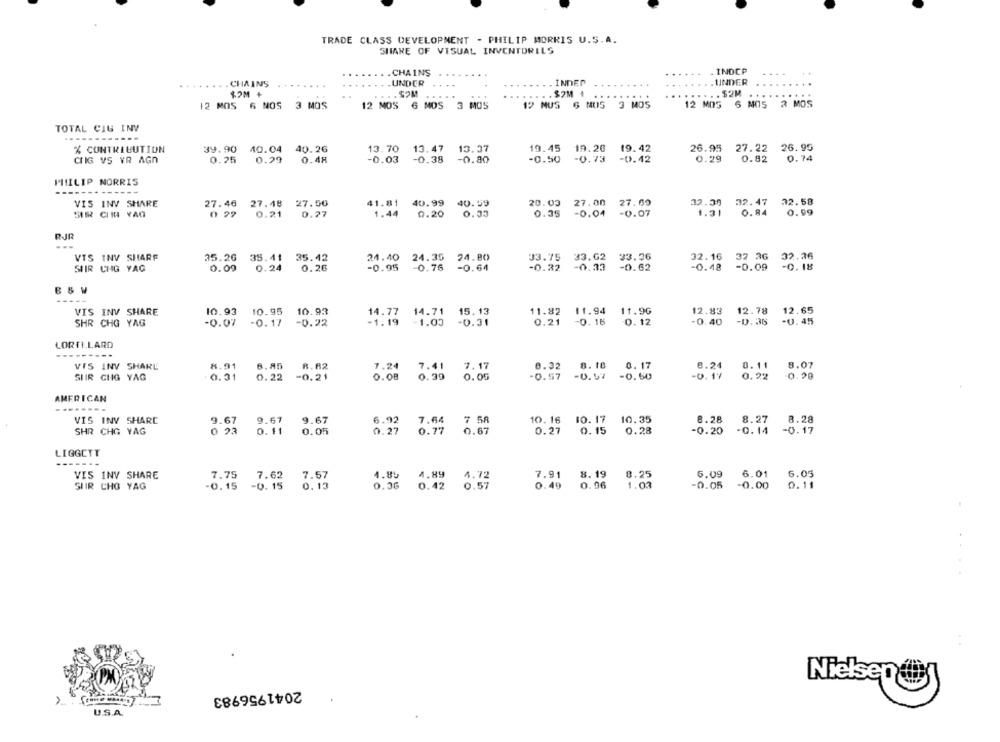
TRADE CLASS DEVELOPMENT - PHILIP MORRIS U.S.A.
SHARE OF VISUAL INVENTORILS
.CHAINS
...
. INDCP
..
.UNDER
. INDEP
UNDER
CHAINS
$2M +
COM
.... $2M 4
.....
...
.. $2M
12 MUS 6 MUS 3 MOS
12 MOS 6 NOS 3 MOS
12 MOS 6 NOS 3 MOS
12 MOS 6 MOS 3 MOS
TOTAL CIG INV
% CONTRIBUTION
39.90 40.04 40.26
13.37
19.45
19.26
19. 42
26.95
27.22 26.95
13.70
13.47
CIIG VS VR AGO
0.25
0.29
0.48
-0.03
-0.80
-0.50
-0.73
-0.42
0.29
0.82
0.74
PHILIP MORRIS
20.03 27.08 27.00
32.39 32.47
32.58
VIS INV SHARE
27.46 27.48 27.00
41.81
40.99 40.59
SIR CIN YAG
0 29
0.21
0.77
1.44
0.20
0.33
0.35
-0.04
-0.07
1.31
0.84
0.99
RJR
---
VTS INV SHARE
35.42
24.10
24.35
24.80
33.75 33.62
33.36
32.16
SIIR CHG YAG
35.26
0.09
35.41
0.26
-0.32
-0.33
-0.62
-0.48
-0.09
-0.18
B & W
VIS INV SHARE
10.93
10.95
10.93
14.77
14.71
15.13
11.82
11.94
11.96
12.83
12.78
12.65
SHR CHG YAG
-0.07
-0.17
-0.22
-1. 19
1.00
-0.31
0.21
-0.16
0. 12
-0. 40
-0.35
-0.45
LORTI.LARD
-------.
8.85
8.82
8.32
8. 18
0. 17
VIS INV SHARE
8.91
7.24
7.17
6.24
0. 11
SIIR GHG YAG
0.31
0.22
-0.21
0.08
0.39
0.05
-0.57
-0.97
-0.50
0.22
0.99
AMERICAN
VIS INV SHARE
9.67
9.67
9.67
6.92
7 58
10.16
10.17
10.35
8.28
8.27
8.28
SHR CHG YAG
0 23
0. 11
0.05
0.27
0.77
0.67
0.27
0.15
0.28
-0.20
-0. 14
-0.17
LIGGETT
----
VIS INV SHARE
7.75
7.62
7.57
4.89
4.89
7.91
8. 19
8.25
6.09
6.01
6.05
4.72
SUR CHG YAG
-0. 15
-0. 15
0.13
0.36
0.42
0.57
0.49
0.96
1.03
-0.05
-0.00
0.11
Nielsen
2041956983
3
U.S.A.